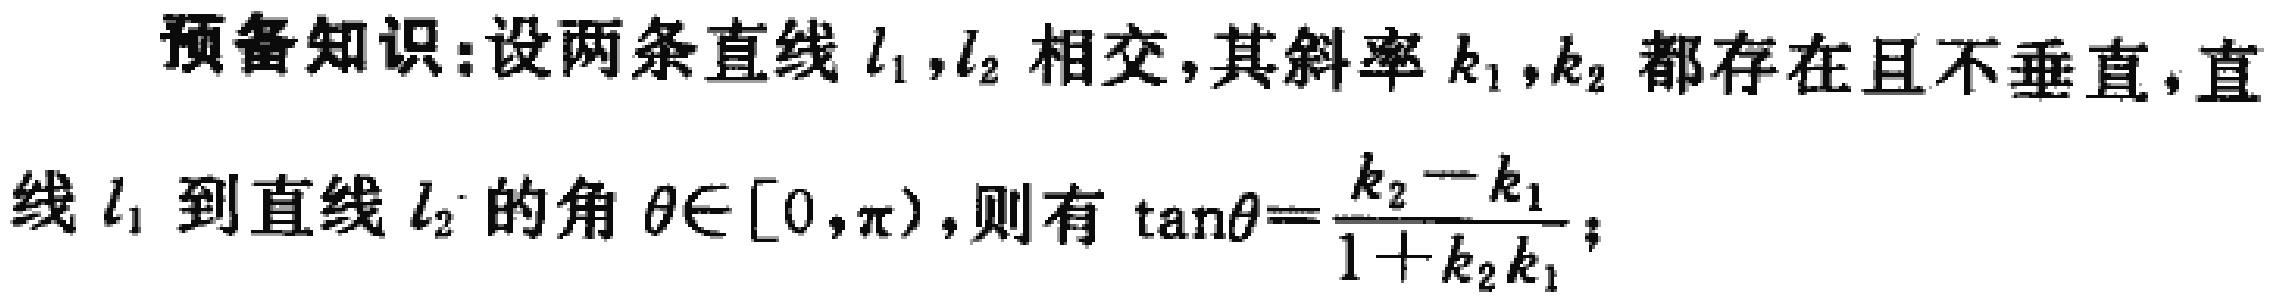
预备知识:设两条直线$l_1 ,l_2$相交,其斜率$k_1 ,k_2$都存在且不垂直,直线$l_1$到直线$l_2$的角$\theta\in[0,\pi)$,则有$\tan\theta = \frac{k_2 - k_1}{1 + k_2k_1}$;